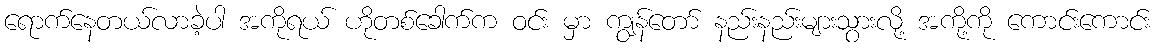
ရောက်နေတယ်လာခဲ့ပါ အကိုရယ် ဟိုတစ်ခေါက်က ဝင်း မှာ ကျွန်တော် နည်းနည်းများသွားလို့ အကို့ကို ကောင်းကောင်း